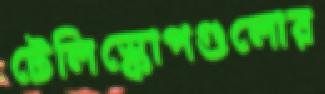
টেলিস্কোপগুলোর